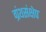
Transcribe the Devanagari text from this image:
ग्रंथसंक्षेप